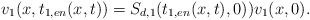
\begin{align*} v_1(x,t_{1,en}(x,t))= S_{d,1}(t_{1,en}(x,t),0))v_1(x,0).\end{align*}